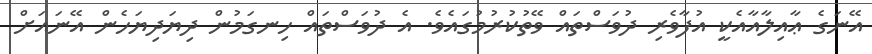
އޭނަގެ ޢާއިލާއާއެކީ އުފާވެރި ދުވަސްތައް ވޭތުކުރުމުގައެވެ. އެ ދުވަސްތައް ހިނގަމުން ދިޔަދިޔަހެން އޭނައަށް